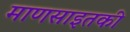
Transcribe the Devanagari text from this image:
माणसाइतकी